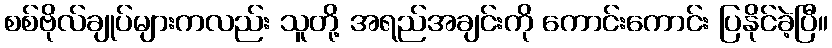
စစ်ဗိုလ်ချုပ်များကလည်း သူတို့ အရည်အချင်းကို ကောင်းကောင်း ပြနိုင်ခဲ့ပြီ။